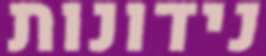
נידונות